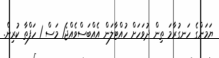
ޔަމަންގެ ހަނގުރާމަ ތިން ދުވަހަށް ހުއްޓާލަން އެއްބަސްވެއްޖެ1 މަސް 1 ހަފްތާ ކުރިން.